Statistical return of the lunatic asylum in Assam - 1912-1932
Year: 1912
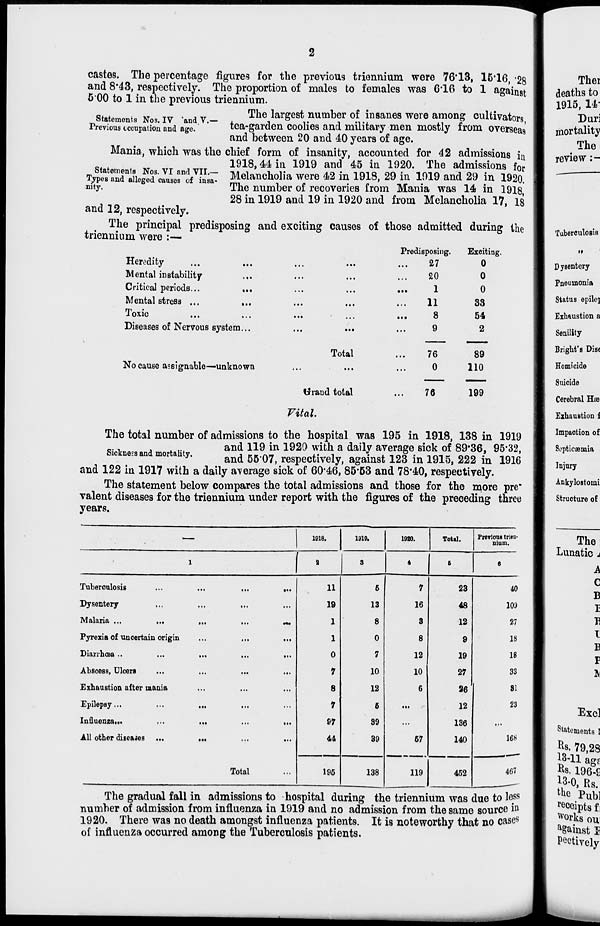
2
castes. The percentage figures for the previous triennium were 76*13, 15* 16, '2g
and 8*43, respectively. The proportion of males to females was 616 to 1 against
500 to 1 in the previous triennium.
statements Nos. iv 'and V - . Th e ] argest number of insanes were among cultivators,
Previous occupation and age.
tea-garden coolies and military men mostly from overseas
and between 20 and 40 years of age.
Mania, which was the chief form of insanity, accounted for 42 admissions in
«5ff
» w *T ,™
1918,44 in 1919 and 45 in 1920. The admissions for
^ffST&^S,^^ Melancholia were 42 in 1918, 29 in 1019 and 29 in 1920.
nit J-
The number of recoveries from Mania was 14 in 1918
28 in 1919 and 19 in 1920 and from Melancholia 17, is
and 12, respectively.
t
The principal predisposing and exciting causes of those admitted during the
triennium were :—
Heredity
Mental instability
Critical periods...
Mental stress ...
...
Toxic
...
Diseases of Nervous system...
•i*
No cause assignable—unknown
Total
Grand total
Vital.
iposing.
Exciting
27
0
20
0
1
0
11
S3
8
54
9
2
76
89
0
110
76
199
The total number of admissions to the hospital was 195 in 1918, 138 in 1919
ro«"w A * !•*
and 119 in 192() witn a dail y average sick of 89*36, 95*32,
Sickness and mortahty.
and ^ resp ectively, against 123 in 1915, 222 in 1916
and 122 in 1917 with a daily average sick of 60*46, 85*63 and 78*40, respectively.
The statement below compares the total admissions and those for the more pre"
valent diseases for the triennium under report with the figures of the preceding three
years.
—
1918.
1819,
1920.
Total.
Previous trien-
nium.
1
-
2
s
4
6
«
Tuber oulosis
...
...
»••
11
5
7
23
40
Dysentery
• • ■
• ■.
...
19
13
16
48
103
Malaria ...
...
• a.
•«•
1
8
S
12
27
Pyrexia of uncertain origin
...
• ••
...
1
0
8
9
18
Diarrhoea ..
• >.
...
...
0
7
12
19
18
Abscess, Ulcers
...
...
...
7
10
10
27
33
Exhaustion after mania
...
...
...
8
12
6
26
81
Epilepsy...
...
• a .
...
7
6
...
12
23
Influenza,..
...
...
...
97
89
...
136
...
All other diseases ...
•••
...
...
44
39
67
140
168
Total
...
195
138
119
452
467
The gradual fall in admissions to hospital during the triennium was due to less
number of admission from influenza in 1919 and no admission from the same source in
1920. There was no death amongst influenza patients. It is noteworthy that no cases
of influenza occurred among the Tuberculosis patients.